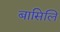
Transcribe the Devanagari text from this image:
बासिलि